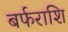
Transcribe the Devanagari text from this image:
बर्फराशि